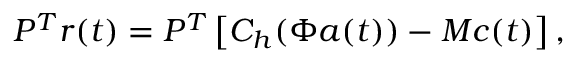
P ^ { T } \boldsymbol { r } ( t ) = P ^ { T } \left[ C _ { h } ( \Phi \boldsymbol { a } ( t ) ) - M \boldsymbol { c } ( t ) \right] ,